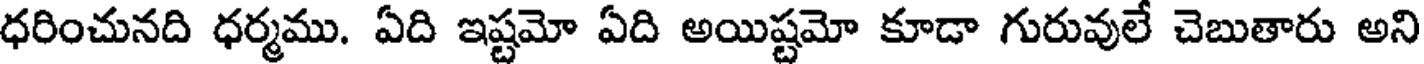
ధరించునది ధర్మము. ఏది ఇష్టమో ఏది అయిష్టమో కూడా గురువులే చెబుతారు అని